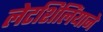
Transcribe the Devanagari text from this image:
लेटशिलिंयाने